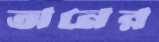
অনের